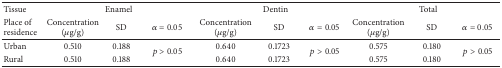
| Tissue | <COLSPAN=3> Enamel | <COLSPAN=3> Dentin | <COLSPAN=3> Total |
 | Place of residence | Concentration(μg/g) | SD | α = 0.05 | Concentration(μg/g) | SD | α = 0.05 | Concentration(μg/g) | SD | α = 0.05 |
 | --- | --- | --- | --- | --- | --- | --- | --- | --- | --- |
 | Urban | 0.510 | 0.188 | <ROWSPAN=2> p > 0.05 | 0.640 | 0.1723 | <ROWSPAN=2> p > 0.05 | 0.575 | 0.180 | <ROWSPAN=2> p > 0.05 |
 | Rural | 0.510 | 0.188 | 0.640 | 0.1723 | 0.575 | 0.180 |